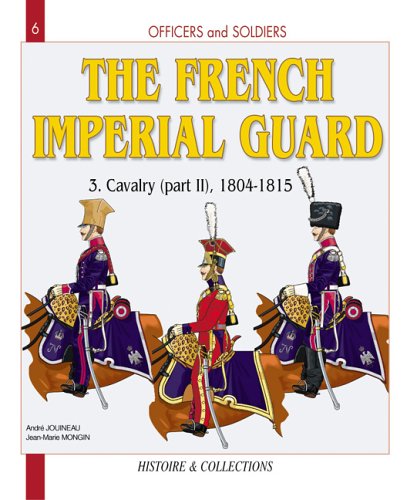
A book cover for French Imperial Guard, Vol. 3: Cavalry, 1804-1815 (Officers and Soldiers); Jean-Marie Mongin; History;